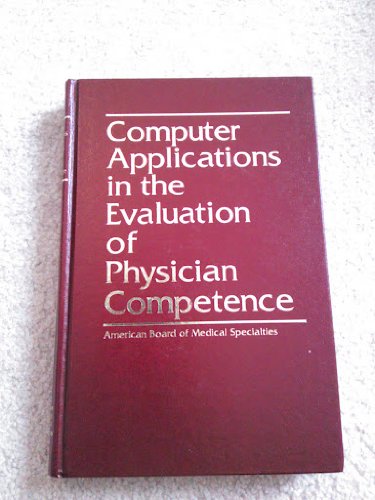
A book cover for Computer Applications in the Evaluation of Physician Competence; Medical Books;